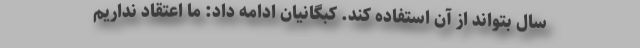
سال بتواند از آن استفاده کند. کبگانیان ادامه داد: ما اعتقاد نداریم